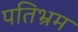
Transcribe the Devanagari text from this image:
पतिभ्रम